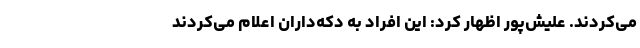
می‌کردند. علیش‌پور اظهار کرد: این افراد به دکه‌داران اعلام می‌کردند